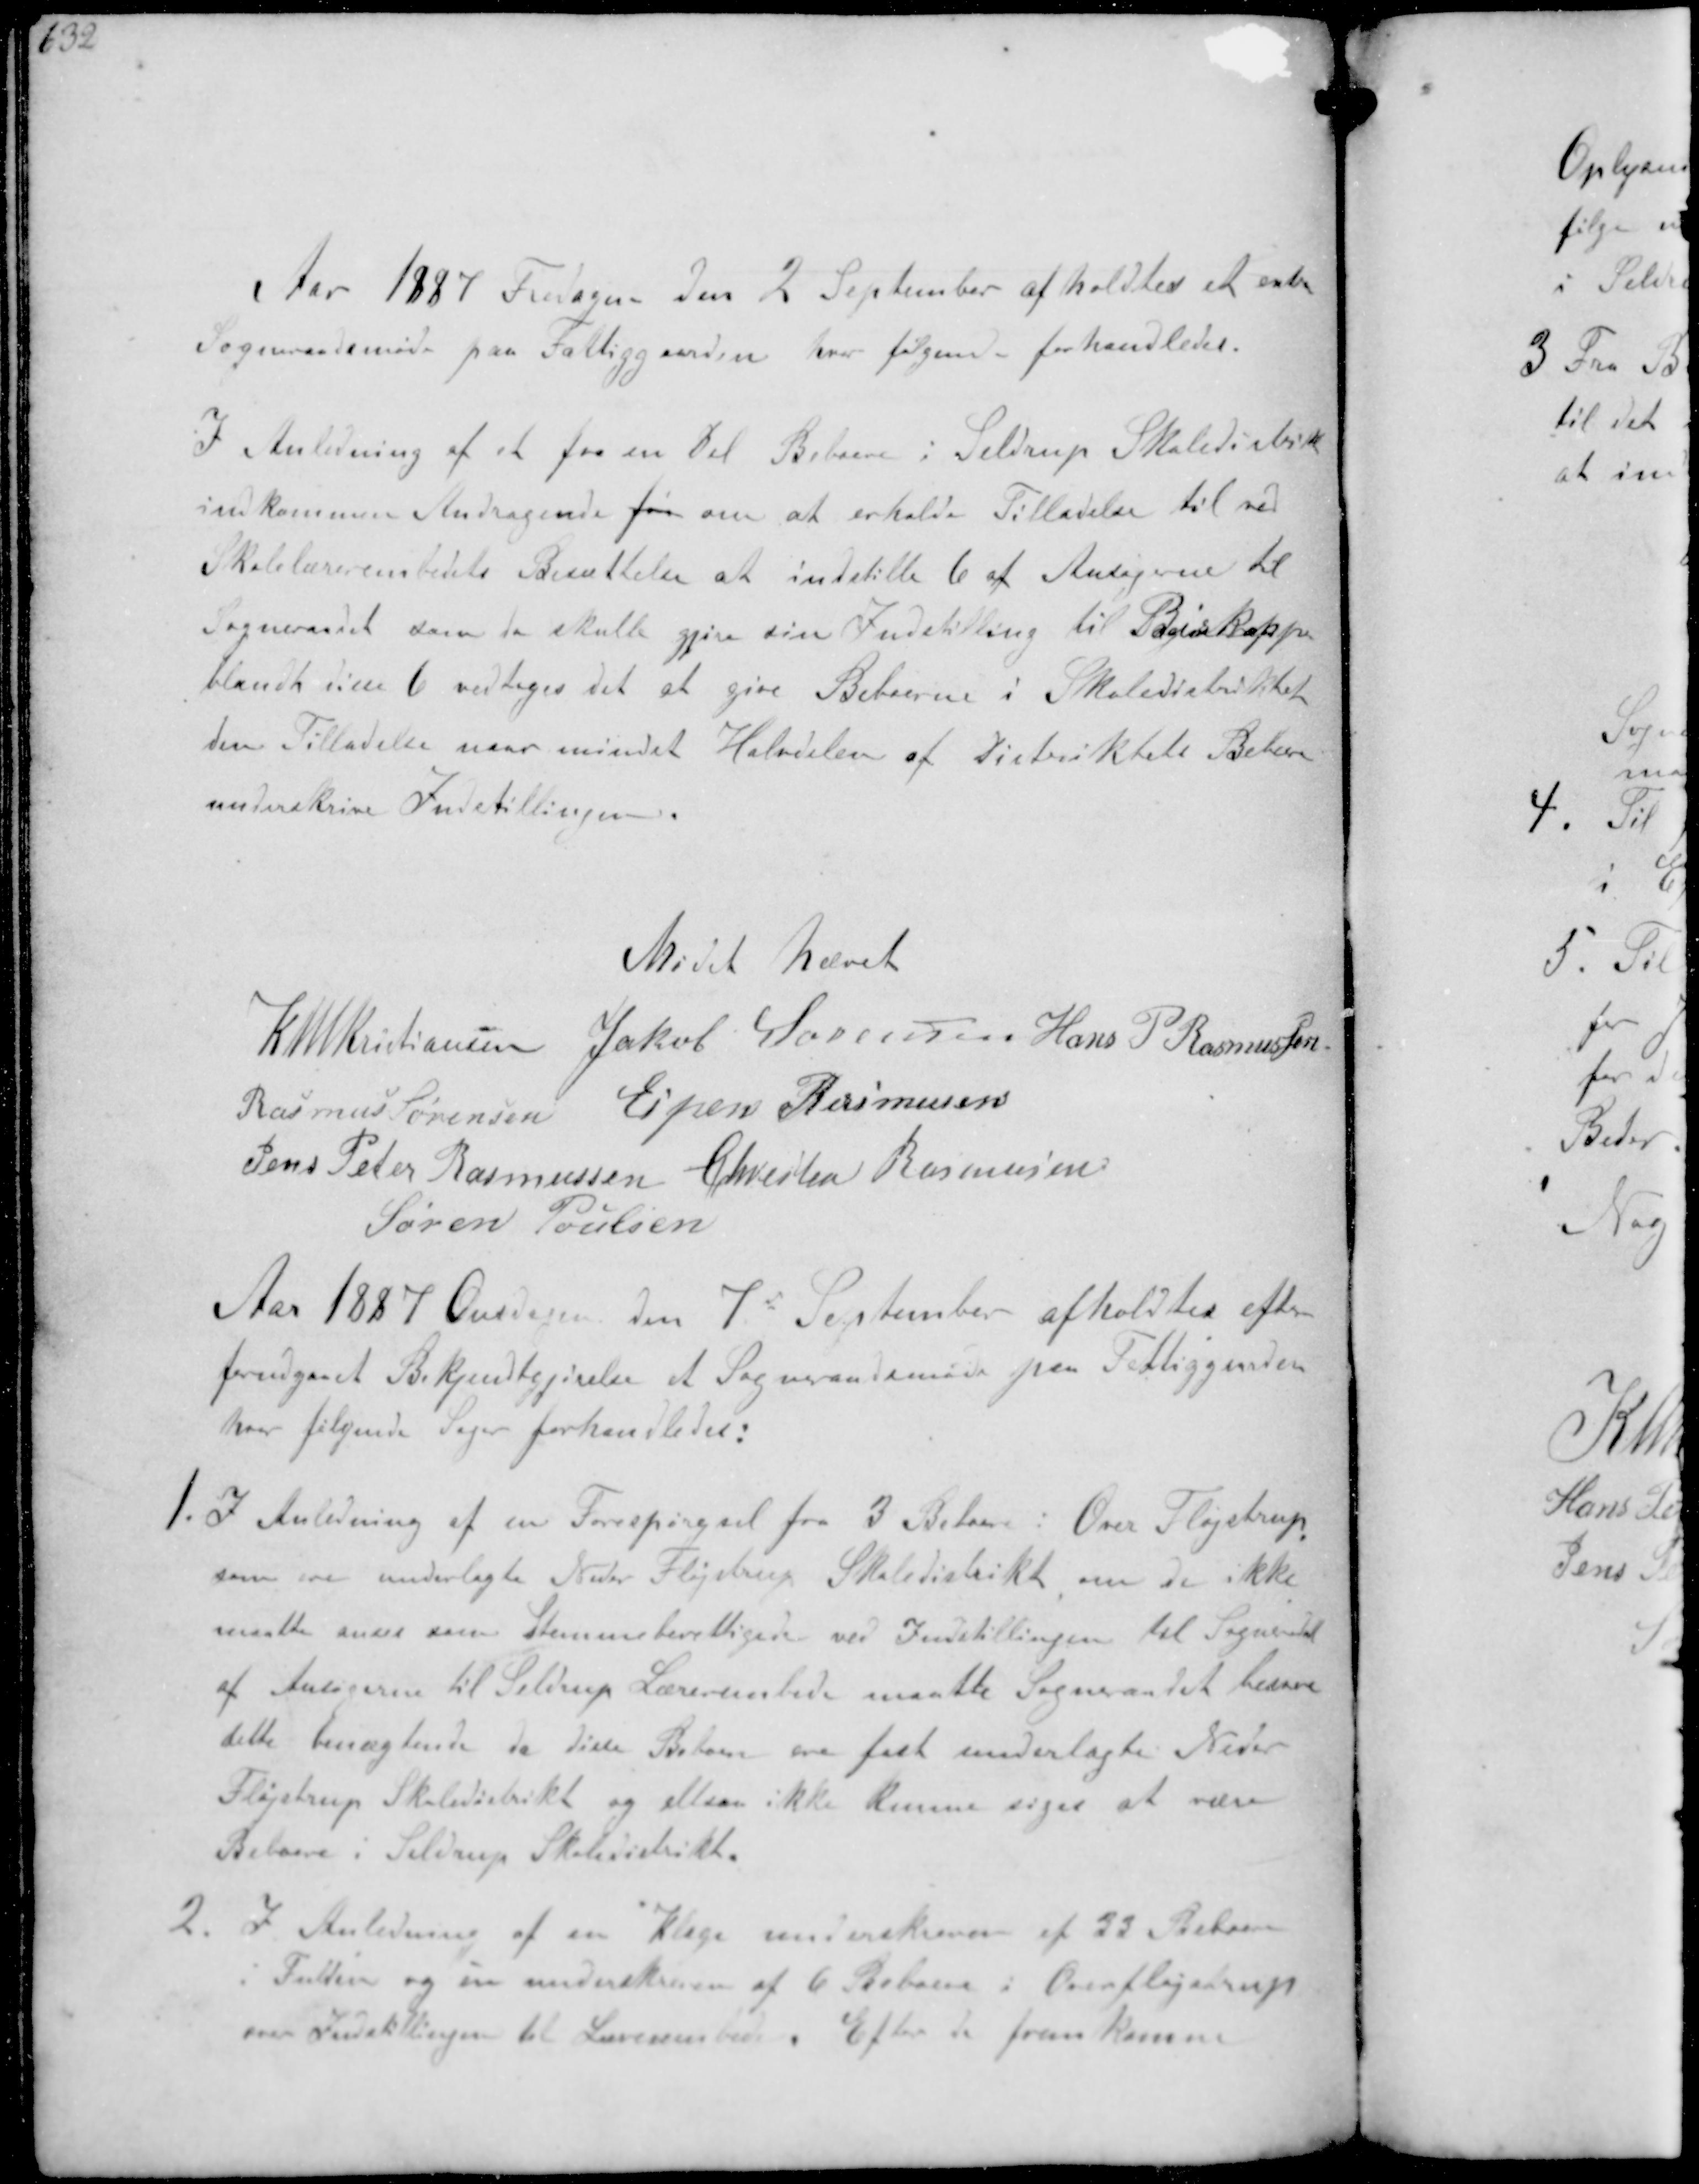
Transskription:
Aar 1887 Fredagen den 2 September afholdtes et extra
Sogneraadsmøde paa Fattiggaarden hvor følgende forhandledes.
I Anledning af et faa en Del Beboere i Seldrup Skoledistrikt
indkommen Andragende for om at erholde Tilladelse til ved
Skolelærerembedets Besættelse at indstille 6 af Ansøgerne til
Sogneraadet som de skulle gjøre sin Indstilling til Biskoppen
blandt disse vedtoges det at give Beboerne i Skoledistriktet
den Tilladelse naar mindst Halvdelen af distriktets Beboere
underskrive Indstillingen.

Mødet hævet

K N M ristiansen Jakob Larsen Hans P Rasmussen
Rasmus Sørensen Espen Rasmussen
Jens Peter Rasmussen Chresten Rasmussen
Søren Poulsen

Aar 1887 den 7 September afholdtes efter
forudgaaet Bekjendtgørelse et Sogneraadsmøde paa Fattiggaarden
hvor følgende Sager forhandledes:
1. I Anledning af en Forespørgsel fra 3 Beboere i Over Fløjstrup
som ere underlagte Neder Fløjstrup Skoledistrikt om de ikke
maatte anses som Stemmeberettigede ved Indstillingen til Sogneraadet
af Ansøgerne til Seldrup Lærerembede maatte Sogneraadet besvare
dette benægtende da disse Beboere ere fast underlagte Neder
Fløjstrup Skoledistrikt og ellers ikke kunne siges at være
Beboere i Seldrup Skoledistrikt
2. I Anledning af en Klage underskreven af 23 Beboere
i Fulden og en underskreven af 6 Beboere i Over Fløjstrup
over Indstillingen til Lærerembedet Efter de frem komne